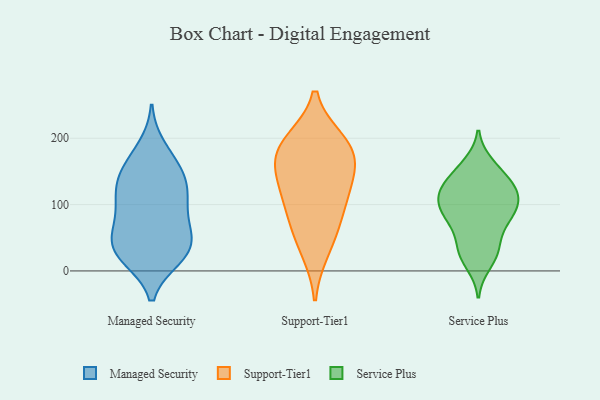
{"axis": {"x": "Satisfaction Score", "y": "Value"}, "legend": ["Managed Security", "Service Plus", "Support-Tier1"], "data": [{"x": "", "y": 73, "type": "Managed Security"}, {"x": "", "y": 98, "type": "Managed Security"}, {"x": "", "y": 165, "type": "Managed Security"}, {"x": "", "y": 137, "type": "Managed Security"}, {"x": "", "y": 42, "type": "Managed Security"}, {"x": "", "y": 28, "type": "Managed Security"}, {"x": "", "y": 116, "type": "Managed Security"}, {"x": "", "y": 116, "type": "Managed Security"}, {"x": "", "y": 145, "type": "Managed Security"}, {"x": "", "y": 23, "type": "Managed Security"}, {"x": "", "y": 44, "type": "Managed Security"}, {"x": "", "y": 186, "type": "Managed Security"}, {"x": "", "y": 21, "type": "Managed Security"}, {"x": "", "y": 151, "type": "Managed Security"}, {"x": "", "y": 109, "type": "Managed Security"}, {"x": "", "y": 56, "type": "Managed Security"}, {"x": "", "y": 66, "type": "Managed Security"}, {"x": "", "y": 20, "type": "Managed Security"}, {"x": "", "y": 111, "type": "Support-Tier1"}, {"x": "", "y": 31, "type": "Support-Tier1"}, {"x": "", "y": 195, "type": "Support-Tier1"}, {"x": "", "y": 186, "type": "Support-Tier1"}, {"x": "", "y": 88, "type": "Support-Tier1"}, {"x": "", "y": 133, "type": "Support-Tier1"}, {"x": "", "y": 145, "type": "Support-Tier1"}, {"x": "", "y": 187, "type": "Support-Tier1"}, {"x": "", "y": 168, "type": "Support-Tier1"}, {"x": "", "y": 64, "type": "Support-Tier1"}, {"x": "", "y": 122, "type": "Service Plus"}, {"x": "", "y": 65, "type": "Service Plus"}, {"x": "", "y": 132, "type": "Service Plus"}, {"x": "", "y": 99, "type": "Service Plus"}, {"x": "", "y": 155, "type": "Service Plus"}, {"x": "", "y": 30, "type": "Service Plus"}, {"x": "", "y": 28, "type": "Service Plus"}, {"x": "", "y": 110, "type": "Service Plus"}, {"x": "", "y": 114, "type": "Service Plus"}, {"x": "", "y": 36, "type": "Service Plus"}, {"x": "", "y": 136, "type": "Service Plus"}, {"x": "", "y": 79, "type": "Service Plus"}, {"x": "", "y": 161, "type": "Service Plus"}, {"x": "", "y": 85, "type": "Service Plus"}, {"x": "", "y": 96, "type": "Service Plus"}, {"x": "", "y": 122, "type": "Service Plus"}, {"x": "", "y": 10, "type": "Service Plus"}, {"x": "", "y": 81, "type": "Service Plus"}]}